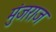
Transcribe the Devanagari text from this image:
मुंजराज